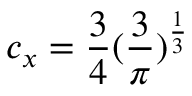
c _ { x } = \frac { 3 } { 4 } ( \frac { 3 } { \pi } ) ^ { \frac { 1 } { 3 } }